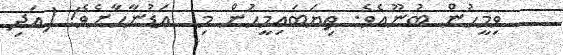
ވިމީހުން ބުނޫއެވެ. ތިޔަބައިމީހުން މި  އަޑުނާހާށެވެ! (އަދި